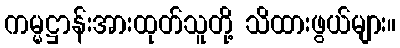
ကမ္မဋ္ဌာန်းအားထုတ်သူတို့ သိထားဖွယ်များ။